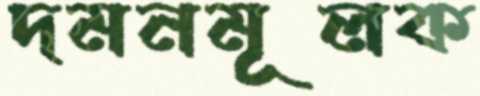
দমনমূলক